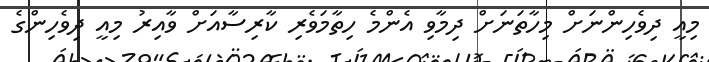
މިއީ ދިވެހިންނަށް މިހާތަނަށް ދިމާވި އެންމެ ހިތާމަވެރި ކާރިސާއަށް ވާއިރު މިއީ ދިވެހިންގެ